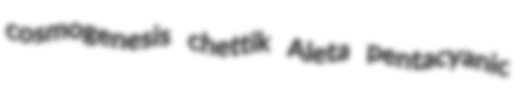
cosmogenesis chettik Aleta pentacyanic